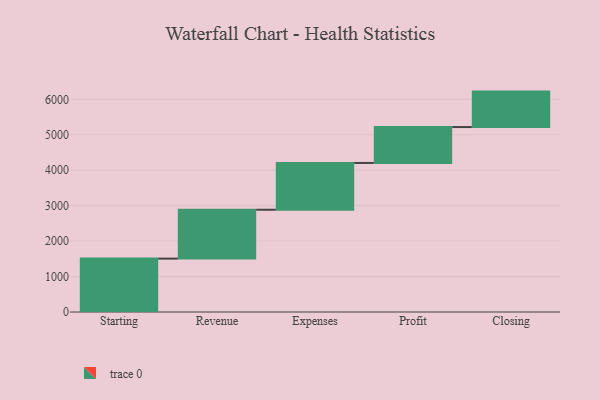
{"axis": {"x": "Step", "y": "Value"}, "legend": [""], "data": [{"x": "Starting", "y": 1506.0, "type": ""}, {"x": "Revenue", "y": 1379.0, "type": ""}, {"x": "Expenses", "y": 1320.0, "type": ""}, {"x": "Profit", "y": 1013.0, "type": ""}, {"x": "Closing", "y": 1000, "type": ""}]}